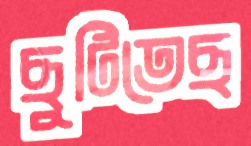
ছুটিতেছ